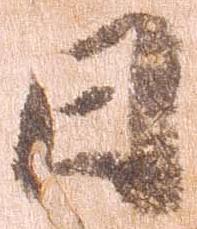
日